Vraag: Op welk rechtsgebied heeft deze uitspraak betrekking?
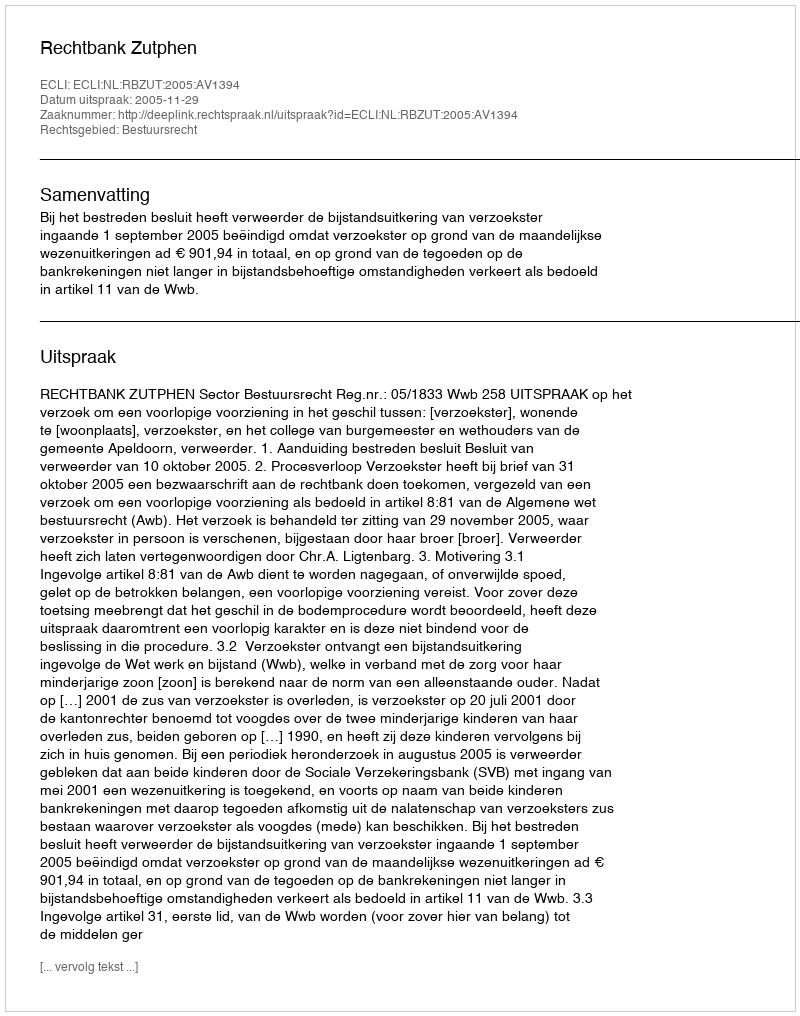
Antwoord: Bestuursrecht